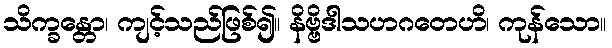
သိက္ခန္တော၊ ကျင့်သည်ဖြစ်၍။ နိဗ္ဗိဒါသဟဂတေဟိ၊ ကုန်သော။